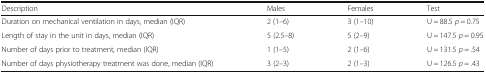
<table><thead><tr><td><b>Description</b></td><td><b>Males</b></td><td><b>Females</b></td><td><b>Test</b></td></tr></thead><tbody><tr><td>Duration on mechanical ventilation in days, median (IQR)</td><td>2 (1–6)</td><td>3 (1–10)</td><td>U = 88.5 <i>p</i> = 0.75</td></tr><tr><td>Length of stay in the unit in days, median (IQR)</td><td>5 (2.5–8)</td><td>5 (2–9)</td><td>U = 147.5 <i>p</i> = 0.95</td></tr><tr><td>Number of days prior to treatment, median (IQR)</td><td>1 (1–5)</td><td>2 (1–6)</td><td>U = 131.5 <i>p</i> = .54</td></tr><tr><td>Number of days physiotherapy treatment was done, median (IQR)</td><td>3 (2–3)</td><td>2 (1–3)</td><td>U = 126.5 <i>p</i> = .43</td></tr></tbody></table>